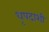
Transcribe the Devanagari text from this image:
धृपदाशी